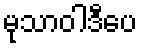
မုသာဝါဒီပေ